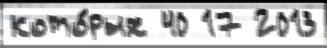
кото́рых 40 17 2013